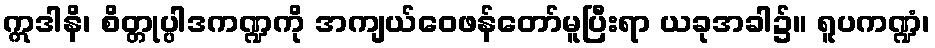
ဣဒါနိ၊ စိတ္တုပ္ပါဒကဏ္ဍကို အကျယ်ဝေဖန်တော်မူပြီးရာ ယခုအခါ၌။ ရူပကဏ္ဍံ၊